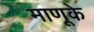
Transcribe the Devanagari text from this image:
माणूके